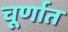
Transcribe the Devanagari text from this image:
चूर्णात